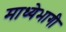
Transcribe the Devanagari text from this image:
माध्येभागी